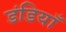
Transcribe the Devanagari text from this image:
डंडियाँ